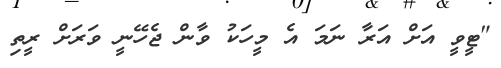
"ޓީވީ އަށް އަރާ ނަމަ އެ މީހަކު ވާން ޖެހޭނީ ވަރަށް ރީތި